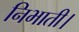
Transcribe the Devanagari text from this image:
निभाती।